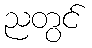
ညတွင်